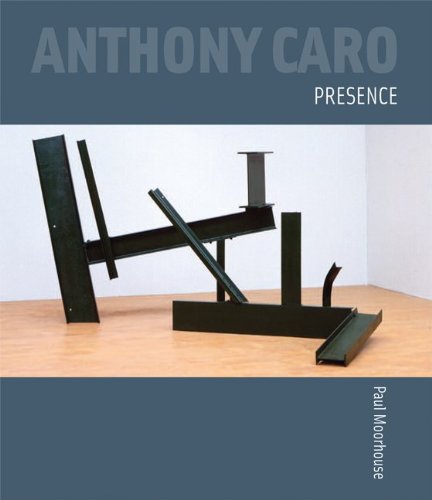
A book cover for Anthony Caro: Presence; Paul Moorhouse; Arts & Photography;